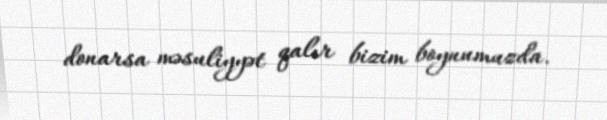
donarsa məsuliyyət qalır bizim boynumuzda.